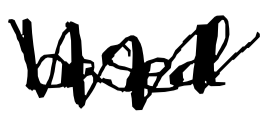
Text: based
Cross-out: zig-zag
Writing tool: digital_black